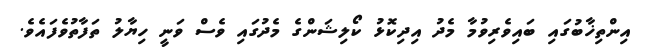
އިންތިޚާބުގައި ބައިވެރިވުމާ މެދު އިދިކޮޅު ކޯލިޝަންގެ މެދުގައި ވެސް ވަނީ ހިޔާލު ތަފާތުވެފައެވެ.